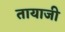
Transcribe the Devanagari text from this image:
तायाजी